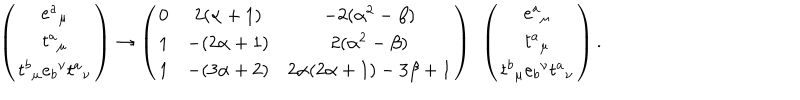
LaTeX: \left( \begin{matrix} { { e { ^ a } _ { \mu } } } \\ { { t { ^ a } _ { \mu } } } \\ { { t { ^ b } _ { \mu } e { _ b } ^ { \nu } t { ^ a } _ { \nu } } } \\ \end{matrix} \right) \rightarrow \left( \begin{matrix} { { 0 } } & { { 2 ( \alpha + 1 ) } } & { { - 2 ( \alpha ^ { 2 } - \beta ) } } \\ { { 1 } } & { { - ( 2 \alpha + 1 ) } } & { { 2 ( \alpha ^ { 2 } - \beta ) } } \\ { { 1 } } & { { - ( 3 \alpha + 2 ) } } & { { 2 \alpha ( 2 \alpha + 1 ) - 3 \beta + 1 } } \\ \end{matrix} \right) \ \left( \begin{matrix} { { e { ^ a } _ { \mu } } } \\ { { t { ^ a } _ { \mu } } } \\ { { t { ^ b } _ { \mu } e { _ b } ^ { \nu } t { ^ a } _ { \nu } } } \\ \end{matrix} \right) .